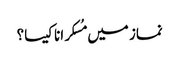
نماز میں مُسکرانا کیسا؟